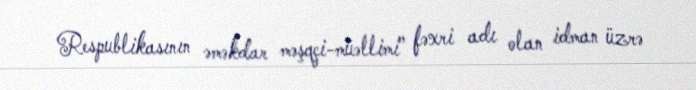
Respublikasının əməkdar məşqçi-müəllimi” fəxri adı olan idman üzrə